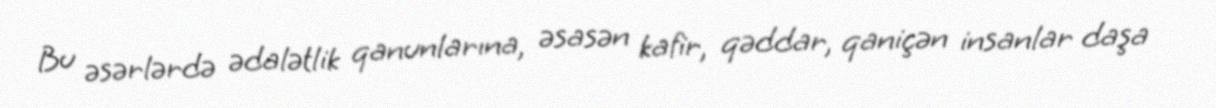
Bu əsərlərdə ədalətlik qanunlarına, əsasən kafir, qəddar, qaniçən insanlar daşa